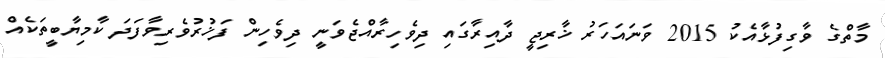
މާތްގެ ވާގިފުޅާއެކު 2015 ވަނައަހަރު ޚާރިޖީ ދާއިރާގައި ދިވެހިރާއްޖެވަނީ ދިވެހިން ފަޚުރުވެރިވާފަދަ ކާމިޔާބީތަކެއް